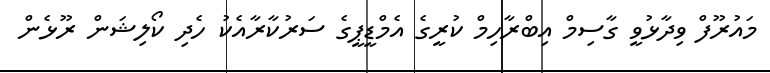
މައުރޫފް ވިދާޅުވީ ގާސިމް އިބްރާހިމް ކުރީގެ އެމްޑީޕީގެ ސަރުކާރާއެކު ހެދި ކޯލިޝަން ރޫޅެން